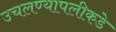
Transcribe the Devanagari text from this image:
उचलण्यापलीकडे